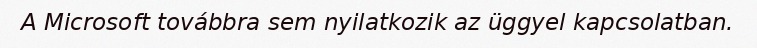
A Microsoft továbbra sem nyilatkozik az üggyel kapcsolatban.